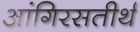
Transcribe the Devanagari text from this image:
आंगिरसतीर्थ